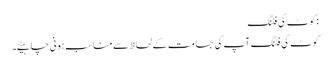
:کوٹ کی فٹنگ
کوٹ کی فٹنگ آپ کی جسامت کے لحاظ سے مناسب ہونی چاہیئے۔